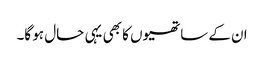
ان کے ساتھیوں کا بھی یہی حال ہو گا۔